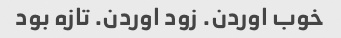
خوب اوردن. زود اوردن. تازه بود